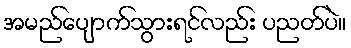
အမည်ပျောက်သွားရင်လည်း ပညတ်ပဲ။